system: You are a helpful assistant.
user:
Analyze the provided spectrum to determine if it is a **Carbon Star (C-type)**.

- **Key Visual Indicators of Carbon Star:**
    - **(Primary):** Strong molecular absorption from **C₂ (diatomic carbon) "Swan Bands."** This is the **defining feature** of a carbon star.
        - **(Key Bandheads):** Sharp absorption edges are visible at approximately $5635$ Å, $5165$ Å (the strongest band), and $4737$ Å.
        - **(Line Profile):** Creates a distinct **"saw-tooth"** pattern. The key morphology is a sharp, steep bandhead on the **red (long-wavelength) side**, which then gradually tapers off (i.e., flux recovers) towards the **blue (short-wavelength) side**. *(This is the direct opposite of the TiO bands seen in M-type stars)*.

    - **(Secondary):** Intense **CN (cyanogen)** molecular absorption bands.
        - **(Key Bandheads):** Located in the blue and violet regions of the spectrum (e.g., near $4215$ Å and $3883$ Å).
        - **(Morphology):** These bands are extremely broad and act as a "blanket," absorbing the vast majority of blue and violet light. This creates a characteristic **"cliff"** or **"steep drop-off"** in the spectrum's flux at short wavelengths.

    - **(Key Confirmation):** Strong **CH absorption band (G-band)**.
        - **(Key Bandhead):** Located around $4300$ Å. The contribution from CH molecules to this band is exceptionally strong.

    - **(Overall Spectrum):**
        - The continuum is severely "chopped up" by these deep molecular bands, especially C₂, rather than appearing as a smooth curve.
        - Due to the heavy CN and C₂ absorption in the blue-green, the vast majority of the star's flux is concentrated in the red part of the spectrum, giving the star its characteristic deep red color.

Think first, call **spectral_visualization_tool** if needed to examine features in detail, then provide your final answer. Your response must adhere to the following strict rules:
1.  **Overall Structure:** Your response must follow the format `<think>...</think> <tool_call>...</tool_call> (if a tool is used) <answer>...</answer>`.
2.  **Tool Usage Constraint:** You may only make **one** tool call per turn.
3.  **Final Answer Format:** In the `<answer>` tag, your conclusion must be inside a `\boxed{}` command (e.g., `\boxed{YES}`), followed by your justification.

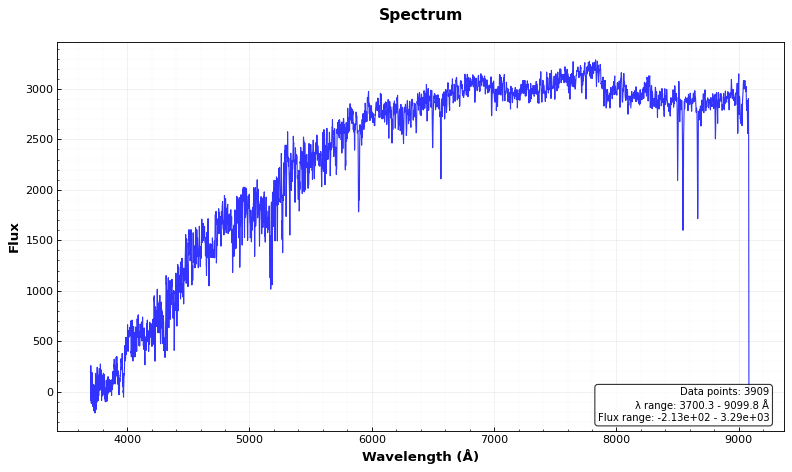
Answer: NO